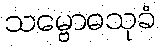
သမ္ဗောဓသုခံ